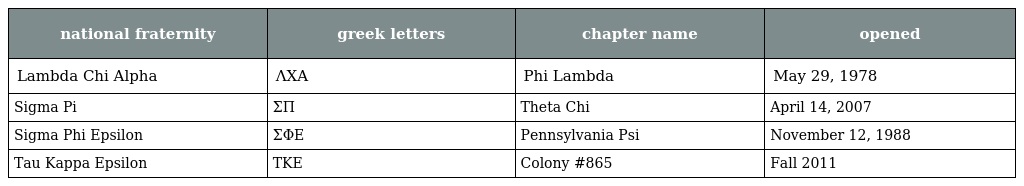
| national fraternity | greek letters | chapter name | opened |
 | --- | --- | --- | --- |
 | Lambda Chi Alpha | ΛΧΑ | Phi Lambda | May 29, 1978 |
 | Sigma Pi | ΣΠ | Theta Chi | April 14, 2007 |
 | Sigma Phi Epsilon | ΣΦΕ | Pennsylvania Psi | November 12, 1988 |
 | Tau Kappa Epsilon | TKE | Colony #865 | Fall 2011 |